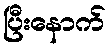
ပြီးနောက်